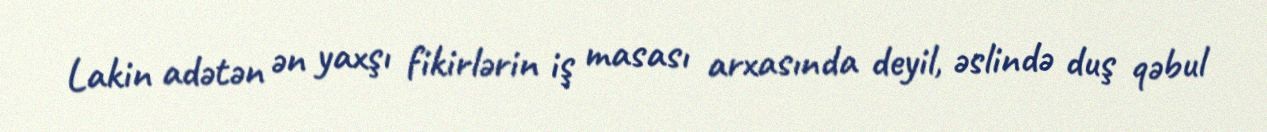
Lakin adətən ən yaxşı fikirlərin iş masası arxasında deyil, əslində duş qəbul